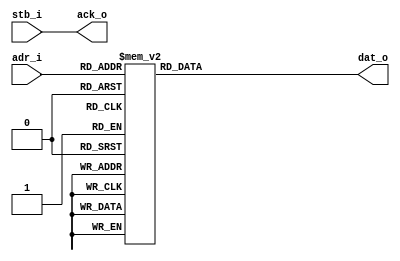
module BROM(
	input	[7:1]	adr_i,
	input		stb_i,
	output		ack_o,
	output	[15:0]	dat_o
);
	reg	[15:0]	dat_o;
	assign ack_o = stb_i;
	always @(*) begin
		case(adr_i)
		7'd0: dat_o = 16'h0113;
		7'd1: dat_o = 16'h0000;
		7'd2: dat_o = 16'h01B7;
		7'd3: dat_o = 16'h0010;
		7'd4: dat_o = 16'h0113;
		7'd5: dat_o = 16'h0011;
		7'd6: dat_o = 16'h5213;
		7'd7: dat_o = 16'h0011;
		7'd8: dat_o = 16'h9123;
		7'd9: dat_o = 16'h0041;
		7'd10: dat_o = 16'hF06F;
		7'd11: dat_o = 16'hFF5F;
		7'd12: dat_o = 16'hCCCC;
		7'd13: dat_o = 16'hCCCC;
		7'd14: dat_o = 16'hCCCC;
		7'd15: dat_o = 16'hCCCC;
		7'd16: dat_o = 16'hCCCC;
		7'd17: dat_o = 16'hCCCC;
		7'd18: dat_o = 16'hCCCC;
		7'd19: dat_o = 16'hCCCC;
		7'd20: dat_o = 16'hCCCC;
		7'd21: dat_o = 16'hCCCC;
		7'd22: dat_o = 16'hCCCC;
		7'd23: dat_o = 16'hCCCC;
		7'd24: dat_o = 16'hCCCC;
		7'd25: dat_o = 16'hCCCC;
		7'd26: dat_o = 16'hCCCC;
		7'd27: dat_o = 16'hCCCC;
		7'd28: dat_o = 16'hCCCC;
		7'd29: dat_o = 16'hCCCC;
		7'd30: dat_o = 16'hCCCC;
		7'd31: dat_o = 16'hCCCC;
		7'd32: dat_o = 16'hCCCC;
		7'd33: dat_o = 16'hCCCC;
		7'd34: dat_o = 16'hCCCC;
		7'd35: dat_o = 16'hCCCC;
		7'd36: dat_o = 16'hCCCC;
		7'd37: dat_o = 16'hCCCC;
		7'd38: dat_o = 16'hCCCC;
		7'd39: dat_o = 16'hCCCC;
		7'd40: dat_o = 16'hCCCC;
		7'd41: dat_o = 16'hCCCC;
		7'd42: dat_o = 16'hCCCC;
		7'd43: dat_o = 16'hCCCC;
		7'd44: dat_o = 16'hCCCC;
		7'd45: dat_o = 16'hCCCC;
		7'd46: dat_o = 16'hCCCC;
		7'd47: dat_o = 16'hCCCC;
		7'd48: dat_o = 16'hCCCC;
		7'd49: dat_o = 16'hCCCC;
		7'd50: dat_o = 16'hCCCC;
		7'd51: dat_o = 16'hCCCC;
		7'd52: dat_o = 16'hCCCC;
		7'd53: dat_o = 16'hCCCC;
		7'd54: dat_o = 16'hCCCC;
		7'd55: dat_o = 16'hCCCC;
		7'd56: dat_o = 16'hCCCC;
		7'd57: dat_o = 16'hCCCC;
		7'd58: dat_o = 16'hCCCC;
		7'd59: dat_o = 16'hCCCC;
		7'd60: dat_o = 16'hCCCC;
		7'd61: dat_o = 16'hCCCC;
		7'd62: dat_o = 16'hCCCC;
		7'd63: dat_o = 16'hCCCC;
		7'd64: dat_o = 16'hCCCC;
		7'd65: dat_o = 16'hCCCC;
		7'd66: dat_o = 16'hCCCC;
		7'd67: dat_o = 16'hCCCC;
		7'd68: dat_o = 16'hCCCC;
		7'd69: dat_o = 16'hCCCC;
		7'd70: dat_o = 16'hCCCC;
		7'd71: dat_o = 16'hCCCC;
		7'd72: dat_o = 16'hCCCC;
		7'd73: dat_o = 16'hCCCC;
		7'd74: dat_o = 16'hCCCC;
		7'd75: dat_o = 16'hCCCC;
		7'd76: dat_o = 16'hCCCC;
		7'd77: dat_o = 16'hCCCC;
		7'd78: dat_o = 16'hCCCC;
		7'd79: dat_o = 16'hCCCC;
		7'd80: dat_o = 16'hCCCC;
		7'd81: dat_o = 16'hCCCC;
		7'd82: dat_o = 16'hCCCC;
		7'd83: dat_o = 16'hCCCC;
		7'd84: dat_o = 16'hCCCC;
		7'd85: dat_o = 16'hCCCC;
		7'd86: dat_o = 16'hCCCC;
		7'd87: dat_o = 16'hCCCC;
		7'd88: dat_o = 16'hCCCC;
		7'd89: dat_o = 16'hCCCC;
		7'd90: dat_o = 16'hCCCC;
		7'd91: dat_o = 16'hCCCC;
		7'd92: dat_o = 16'hCCCC;
		7'd93: dat_o = 16'hCCCC;
		7'd94: dat_o = 16'hCCCC;
		7'd95: dat_o = 16'hCCCC;
		7'd96: dat_o = 16'hCCCC;
		7'd97: dat_o = 16'hCCCC;
		7'd98: dat_o = 16'hCCCC;
		7'd99: dat_o = 16'hCCCC;
		7'd100: dat_o = 16'hCCCC;
		7'd101: dat_o = 16'hCCCC;
		7'd102: dat_o = 16'hCCCC;
		7'd103: dat_o = 16'hCCCC;
		7'd104: dat_o = 16'hCCCC;
		7'd105: dat_o = 16'hCCCC;
		7'd106: dat_o = 16'hCCCC;
		7'd107: dat_o = 16'hCCCC;
		7'd108: dat_o = 16'hCCCC;
		7'd109: dat_o = 16'hCCCC;
		7'd110: dat_o = 16'hCCCC;
		7'd111: dat_o = 16'hCCCC;
		7'd112: dat_o = 16'hCCCC;
		7'd113: dat_o = 16'hCCCC;
		7'd114: dat_o = 16'hCCCC;
		7'd115: dat_o = 16'hCCCC;
		7'd116: dat_o = 16'hCCCC;
		7'd117: dat_o = 16'hCCCC;
		7'd118: dat_o = 16'hCCCC;
		7'd119: dat_o = 16'hCCCC;
		7'd120: dat_o = 16'hCCCC;
		7'd121: dat_o = 16'hCCCC;
		7'd122: dat_o = 16'hCCCC;
		7'd123: dat_o = 16'hCCCC;
		7'd124: dat_o = 16'hCCCC;
		7'd125: dat_o = 16'hCCCC;
		7'd126: dat_o = 16'hCCCC;
		7'd127: dat_o = 16'hCCCC;
		endcase
	end
endmodule